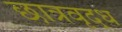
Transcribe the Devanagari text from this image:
छात्रवृद्ध